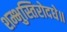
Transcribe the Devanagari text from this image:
शम्भुस्तिरोदधे॥